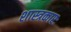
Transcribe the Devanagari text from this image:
शास्त्रकारः